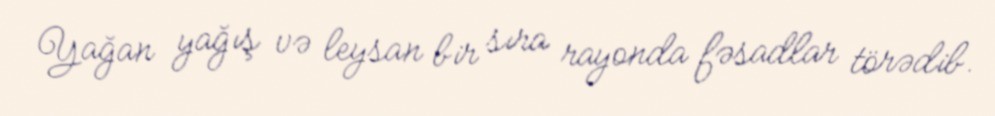
Yağan yağış və leysan bir sıra rayonda fəsadlar törədib.